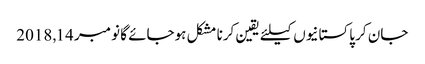
جان کر پاکستانیوں کیلئے یقین کرنا مشکل ہوجائے گا نومبر 14, 2018